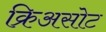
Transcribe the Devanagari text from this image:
क्रिअसोट